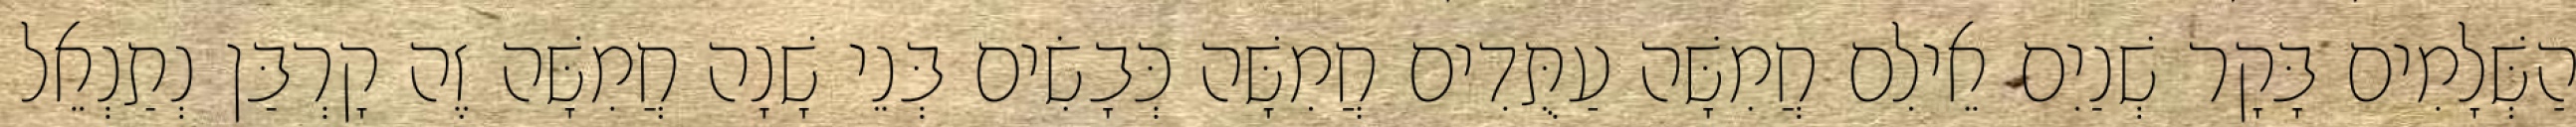
הַשְּׁלָמִים בָּקָר שְׁנַיִם אֵילִם חֲמִשָּׁה עַתֻּדִים חֲמִשָּׁה כְּבָשִׂים בְּנֵי שָׁנָה חֲמִשָּׁה זֶה קָרְבַּן נְתַנְאֵל